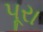
પૂરા